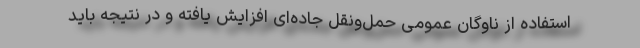
استفاده از ناوگان عمومی حمل‌ونقل جاده‌ای افزایش یافته و در نتیجه باید